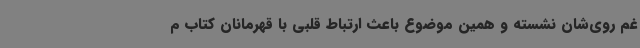
غم روی‌شان نشسته و همین موضوع باعث ارتباط قلبی با قهرمانان کتاب م